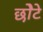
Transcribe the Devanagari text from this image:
छोेटे